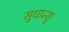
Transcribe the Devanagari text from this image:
सुधान्शु